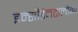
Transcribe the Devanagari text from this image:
इन्सीडेनटालोमा